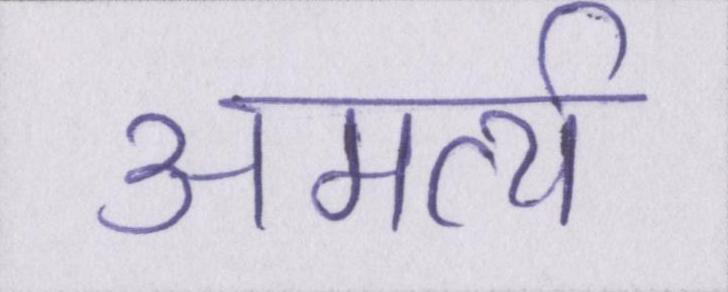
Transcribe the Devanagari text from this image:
अमर्त्य